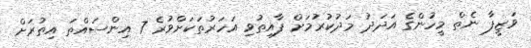
ވަޒީފާ ނެތް މީހުންގެ އަދަދު މަދުކުރުމަށް ފާއިތުވި އަހަރުތަކަށްވުރެ 7 އިންސައްތަ އިތުރަށް